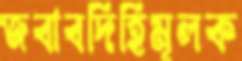
জবাবদিহিমূলক